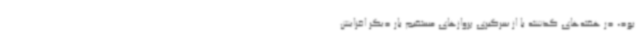
بود، در هفته‌های گذشته با از سرگیری پروازهای مستقیم بار دیگر افزایش